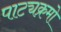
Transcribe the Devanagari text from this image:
पाट्यक्रमो